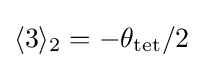
\langle 3\rangle _{2}=-\theta _{\mathrm {tet} }/2